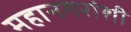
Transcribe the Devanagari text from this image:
महानगरांशी